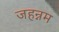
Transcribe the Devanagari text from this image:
जहन्नम